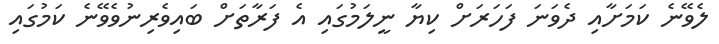
ލެވޭނެ ކަމަށާއި ދެވަނަ ފަހަރަށް ކިޔާ ނީލަމުގައި އެ ފަރާތަށް ބައިވެރިނުވެވޭނެ ކަމުގައި